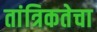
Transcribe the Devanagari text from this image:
तांत्रिकतेचा